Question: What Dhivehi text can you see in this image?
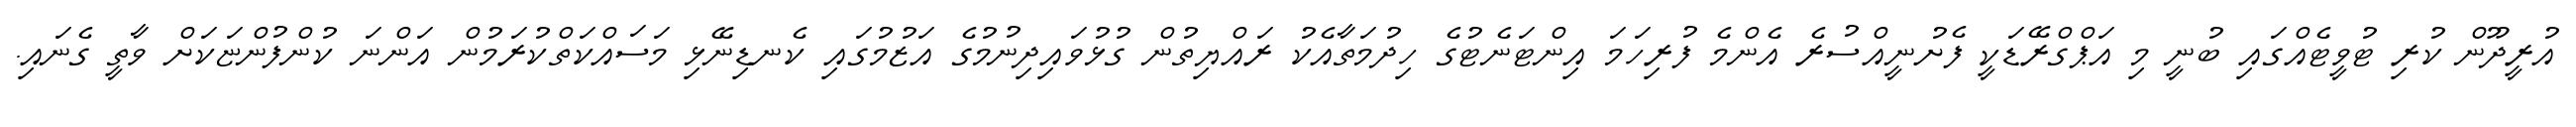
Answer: އުރީދޫން ކުރި ޓުވީޓެއްގައި ބުނީ މި އަޕްގްރޭޑަކީ ފެށުނީއްސުރެ އެންމެ ފުރިހަމަ އިންޓަނެޓުގެ ހިދުމަތާއެކު ރައްޔިތުން ގުޅުވައިދިނުމުގެ އަޒުމުގައި ކެނޑިނޭޅި މަސައްކަތްކުރަމުން އަންނަ ކުންފުންޏަކަށް ވާތީ ގެނައި.